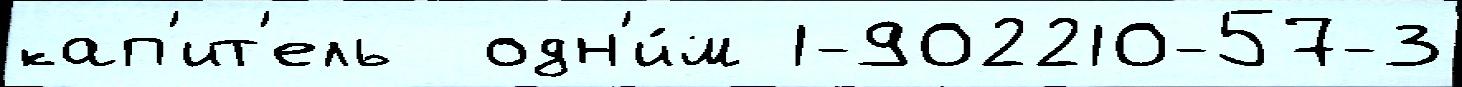
кап'ит'ель  одн'и́м 1-902210-57-3